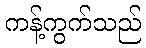
ကန့်ကွက်သည်